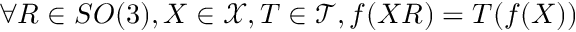
\forall R \in S O ( 3 ) , X \in \mathcal { X } , T \in \mathcal { T } , f ( X R ) = T ( f ( X ) )